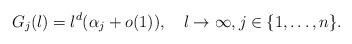
\begin{align*} G_j(\l) = \l^d (\alpha_j + o(1)), \quad\l \to \infty, j \in \{1,\ldots,n\}.\end{align*}